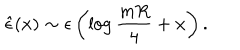
LaTeX: { \hat { \epsilon } } ( x ) \sim \epsilon \left( \log { \frac { m R } { 4 } } + x \right) .